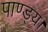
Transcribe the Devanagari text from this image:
पाण्ड्य।